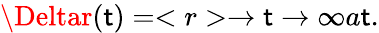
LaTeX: \Deltar(\mathsf{t})=<r>\xrightarrow{}{{\mathsf{t}\rightarrow\infty}}a\mathsf{t}.